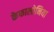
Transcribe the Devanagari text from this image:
केफालोनिया